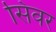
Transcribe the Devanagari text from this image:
सिवर